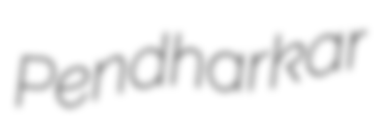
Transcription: Pendharkar